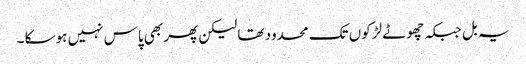
یہ بل جبکہ چھوٹے لڑکوں تک محدود تھا لیکن پھر بھی پاس نہیں ہوسکا ۔